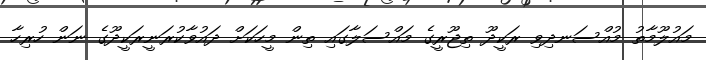
މައުލޫމާތު މުއްސަނދިވި ރަކީދޫ ތިޖޫރީގެ މައްސަލާގައި ތިން މީހަކަށް ދައުވާކުރަނީރަކީދޫގެ ނަން ހުރިހާ